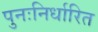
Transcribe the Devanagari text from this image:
पुनःनिर्धारित